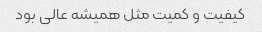
کیفیت و کمیت مثل همیشه عالی بود